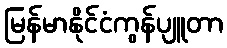
မြန်မာနိုင်ငံကွန်ပျူတာ